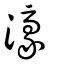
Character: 濠